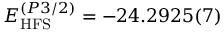
E _ { \mathrm { H F S } } ^ { ( P 3 / 2 ) } = - 2 4 . 2 9 2 5 ( 7 )